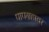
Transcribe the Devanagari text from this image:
पापग्रहावर